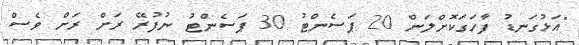
"އަޅުގަނޑު ފާހަގަކޮށްލަން 20 ޕަސެންޓު 30 ޕަސެންޓު ނުފުރޭ ރަށް ރަށް ވެސް